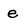
Character: e